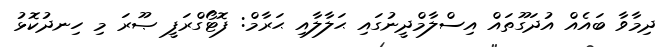
ދިމާވާ ބައެއް އުދަގޫތައް އިސްލާމްދީނުގައި ޙަލާލާއި ޙަރާމް: ފޮޓޯގްރަފީ ޞޫރަ މި ހިނދުކޮޅު